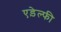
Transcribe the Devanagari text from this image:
एड़ेल्फी